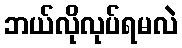
ဘယ်လိုလုပ်ရမလဲ